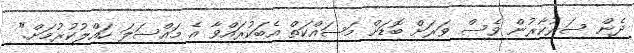
ދެން ސަރުކާރުން ވެސް ވަރަށް ބޮޑަށް މަސައްްކަތް އެބަކުރައްވާ އެ މައްސަލަ ހައްލުކުރުމަށް."